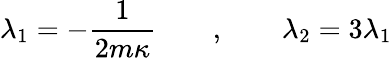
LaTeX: \lambda_{1}=-{\frac{1}{2m\kappa}}\qquad,\qquad\lambda_{2}=3\lambda_{1}